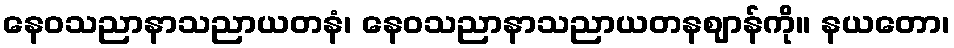
နေဝသညာနာသညာယတနံ၊ နေဝသညာနာသညာယတနဈာန်ကို။ နယတော၊